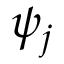
\psi _ { j }